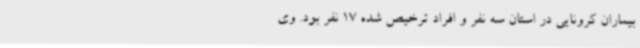
بیماران کرونایی در استان سه نفر و افراد ترخیص شده 17 نفر بود. وی